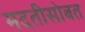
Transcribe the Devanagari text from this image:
मदतीसोबत